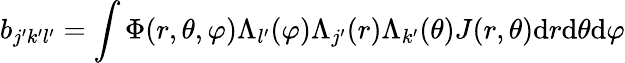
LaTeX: b_{j^{\prime}k^{\prime}l^{\prime}}=\int\Phi(r,\theta,\varphi)\Lambda_{l^{\prime}}(\varphi)\Lambda_{j^{\prime}}(r)\Lambda_{k^{\prime}}(\theta)J(r,\theta)\mathrm{d}r\mathrm{d}\theta\mathrm{d}\varphi